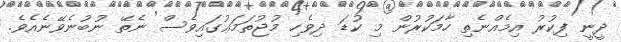
ދީނީ ފިކުރު އިމެއްނެތި ހާމަކުރުން މި ކުޑަ ދިވެހި މުޖުތަމަޢުގައިވެސް ނެތޭ ނުބުނެވޭނެއެވެ.